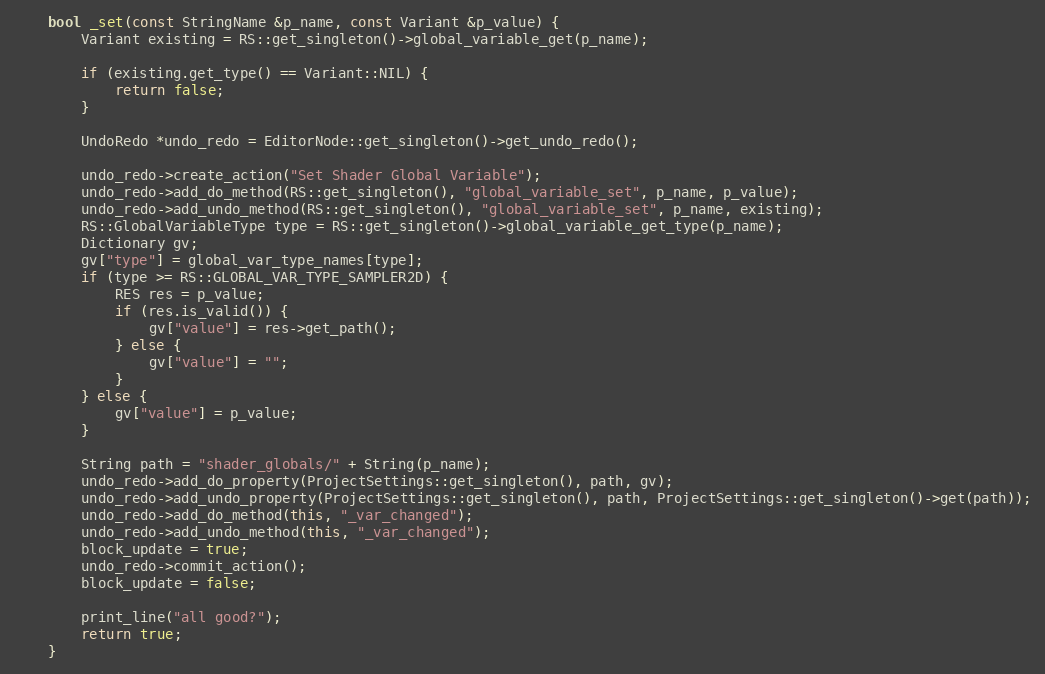
Language: C++
	bool _set(const StringName &p_name, const Variant &p_value) {
		Variant existing = RS::get_singleton()->global_variable_get(p_name);

		if (existing.get_type() == Variant::NIL) {
			return false;
		}

		UndoRedo *undo_redo = EditorNode::get_singleton()->get_undo_redo();

		undo_redo->create_action("Set Shader Global Variable");
		undo_redo->add_do_method(RS::get_singleton(), "global_variable_set", p_name, p_value);
		undo_redo->add_undo_method(RS::get_singleton(), "global_variable_set", p_name, existing);
		RS::GlobalVariableType type = RS::get_singleton()->global_variable_get_type(p_name);
		Dictionary gv;
		gv["type"] = global_var_type_names[type];
		if (type >= RS::GLOBAL_VAR_TYPE_SAMPLER2D) {
			RES res = p_value;
			if (res.is_valid()) {
				gv["value"] = res->get_path();
			} else {
				gv["value"] = "";
			}
		} else {
			gv["value"] = p_value;
		}

		String path = "shader_globals/" + String(p_name);
		undo_redo->add_do_property(ProjectSettings::get_singleton(), path, gv);
		undo_redo->add_undo_property(ProjectSettings::get_singleton(), path, ProjectSettings::get_singleton()->get(path));
		undo_redo->add_do_method(this, "_var_changed");
		undo_redo->add_undo_method(this, "_var_changed");
		block_update = true;
		undo_redo->commit_action();
		block_update = false;

		print_line("all good?");
		return true;
	}